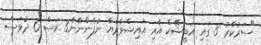
"ސަރުކާރު 3 ގައި އަބީޝޭކް އާއި އައިޝްވާރްޔާ ނުފެންނާނެ3 މަސް 6 ދުވަސް